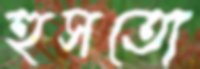
হুসতো